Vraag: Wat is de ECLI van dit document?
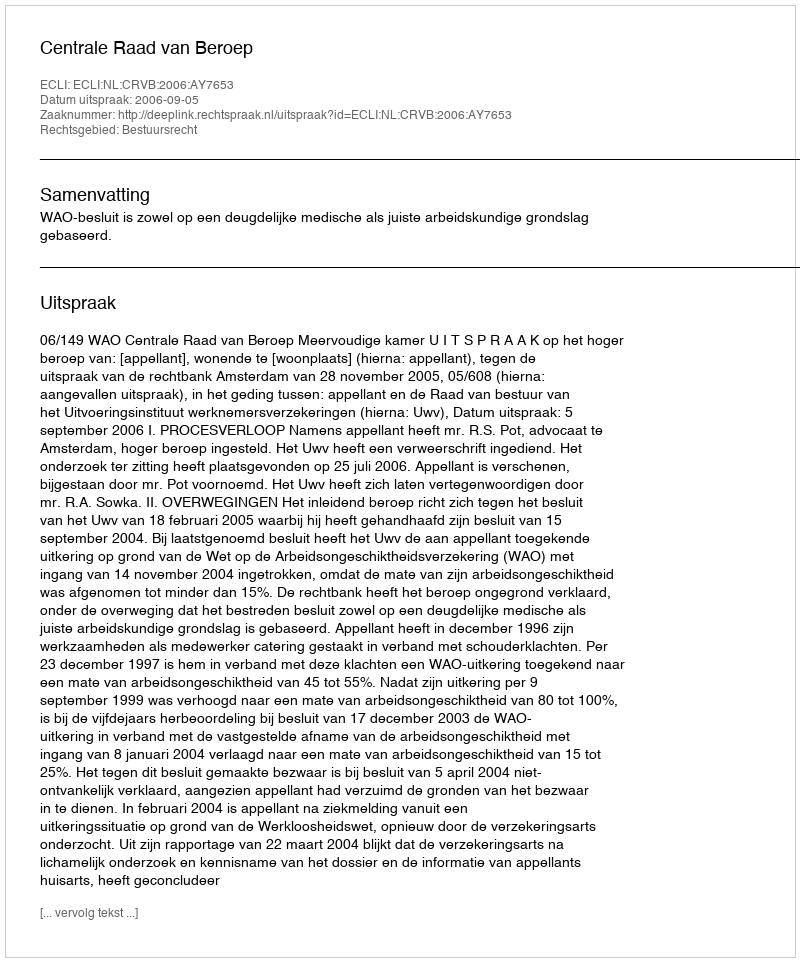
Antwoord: ECLI:NL:CRVB:2006:AY7653